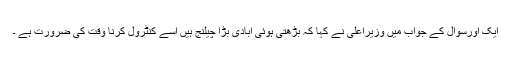
ایک اورسوال کے جواب میں وزیراعلیٰ نے کہا کہ بڑھتی ہوئی آبادی بڑا چیلنج ہیں اسے کنٹرول کرنا وقت کی ضرورت ہے ۔